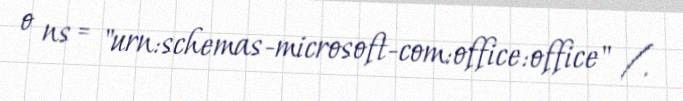
o ns = "urn:schemas-microsoft-com:office:office" /.